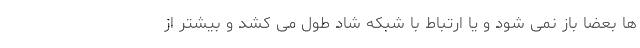
ها بعضا باز نمی شود و یا ارتباط با شبکه شاد طول می کشد و بیشتر از